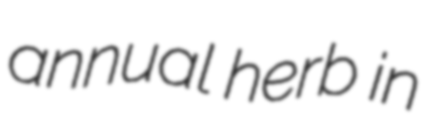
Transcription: annual herb in